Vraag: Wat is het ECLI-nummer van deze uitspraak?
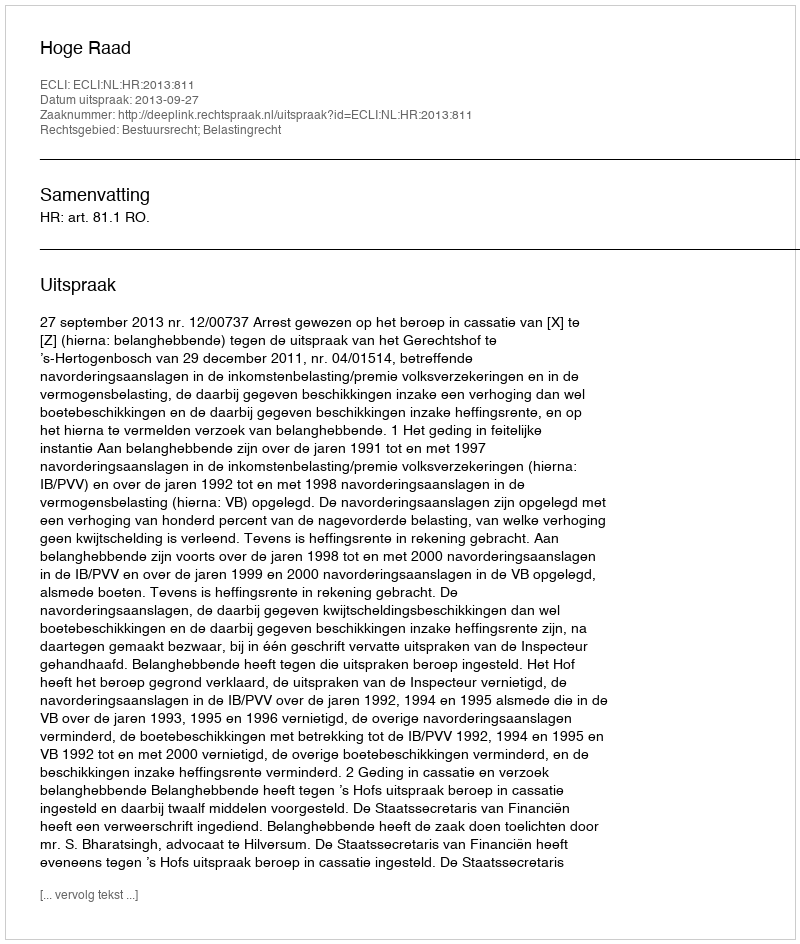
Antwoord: ECLI:NL:HR:2013:811